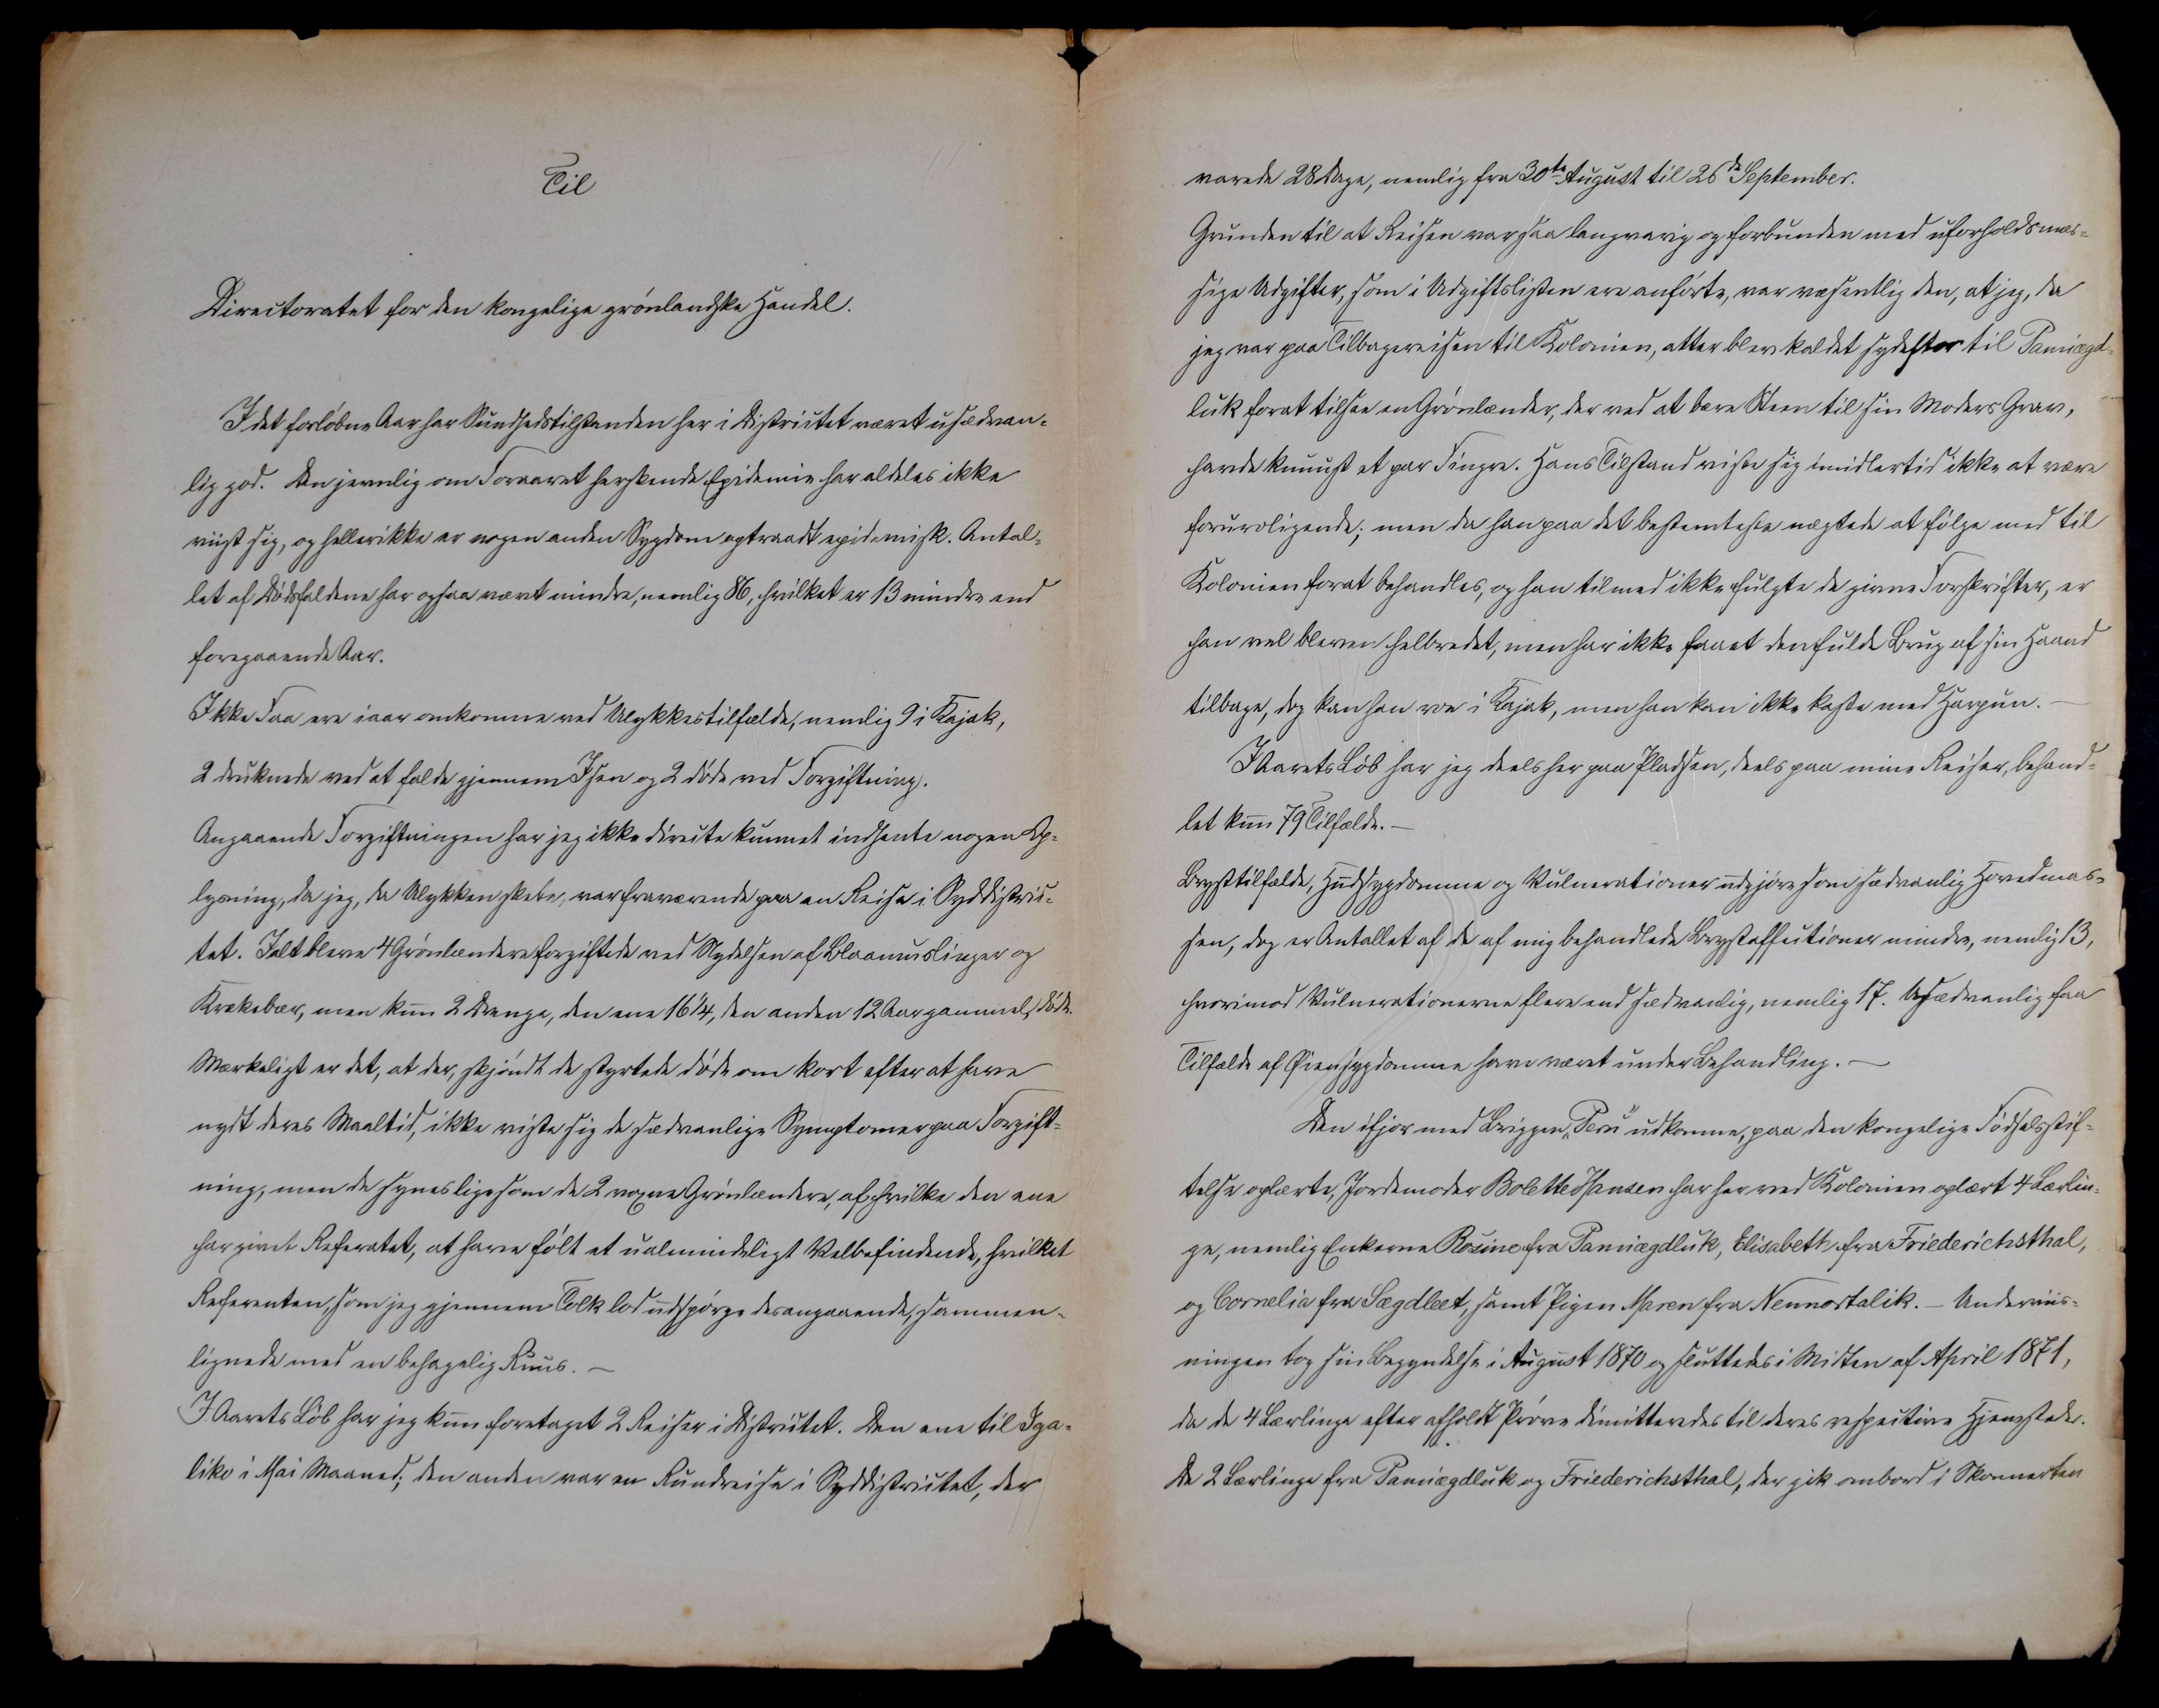
Transkription:
Til

Directoratet for den kongelige grønlandske Handel.

I det forløbne Aar har Sundhedstilstanden her i Districtet været usædvan=
lig god. Den jevnlig om Foraaret herskende Epidemie har aldeles ikke
viist sig, og hellerikke er nogen anden Sygdom optraadt epidemisk. Antal=
let af Dødsfaldene har ogsaa været mindre, nemlig 86, hvilket er 13 mindre end
foregaaende Aar.
Ikke Faa ere iaar omkomne ved Ulykkestilfælde, nemlig 9 i Kajak,
2 druknede ved at falde gjennem Isen og 2 døde ved Forgiftning.
Angaaende Forgiftningen har jeg ikke directe kunnet indhente nogen Op=
lysning, da jeg, da Ulykken skete, var fraværende paa en Reise i Syddistric=
tet. Ialt bleve 4 Grønlændere forgiftede ved Nydelsen af Blaamuslinger og
Krækebær, men kun 2 Drenge, den ene 16 1/4, den anden 12 Aar gammel, døde.
Mærkeligt er det, at der, skjøndt de styrtede døde om kort efter at have
nydt deres Maaltid, ikke viste sig de sædvanlige Symptomer paa Forgift=
ning, men de synes ligesom de 2 voxne Grønlændere, af hvilke den ene
har givet Referatet, at have følt et ualmindeligt Velbefindende, hvilket
Referenten, som jeg gjennem Tolk lod udspørge desangaaende, sammen=
lignede med en behagelig Ruus. -
I Aarets Løb har jeg kun foretaget 2 Reiser i Districtet. Den ene til Iga=
liku i Mai Maaned; den anden var en Rundreise i Syddistrictet, der

varede 28 Dage, nemlig fra 30te August til 26de September.
Grunden til at Reisen var saa langvarig og forbunden med uforholdsmæs=
sige Udgifter, som i Udgiftslisten ere anførte, var væsentlig den, at jeg, da
jeg var paa Tilbagereisen til Kolonien, atter blev kaldet sydefter til ???Panriægd=
luk for at tilsee en Grønlænder, der ved at bære Steen til sin Moders Grav,
havde knuust et par Fingre. Hans Tilstand viste sig imidlertid ikke at være
foruroligende; men da han paa det bestemteste nægtede at følge med til
Kolonien forat behandles, og han tilmed ikke fulgte de givne Forskrifter, er
han vel bleven helbredet, men har ikke faaet den fulde Brug af sin Haand
tilbage, dog kan han roe i Kajak, men han kan ikke kaste med Harpun. -
I Aarets Løb har jeg deels her paa Pladsen, deels paa mine Reiser, behand=
let kun 79 Tilfælde. -
Brysttilfælde, Hugsygdomme og Vulnerationer udgjøre som sædvanlig Hovedmas=
sen, dog er Antallet af de af mig behandlede Brysteffectioner mindre, nemlig 13,
hvorimod Vulnerationerne flere end sædvanlig, nemlig 17. Usædvanlig faa
Tilfælde af Øiensygdomme have været under Behandling. -
Den ifjor med Briggen „Peru‟ udkomne, paa den kongelige Fødselsstif=
telse oplærte, Jordemoder Bolette Hansen har her ved Kolonien oplært 4 Lærlin=
ge, nemlig Enkerne Rosine fra Panniægdluk???, Elisabeth fra Friederichsthal,
og Cornelia fra Sægdleet, samt Pigen Maren fra Nennortalik. - Underviis=
ningen to sin Begyndelse i August 1870 og sluttedes i Midten af April 1871,
da de 4 Lærlinge efter afholdt Prøve dimitteredes til deres respective Hjemsteder.
De 2 Lærlinge fra Panniægdluk??? og Friederichsthal, der gik ombord i Skonnerten